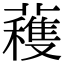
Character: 𮒗